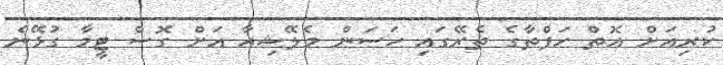
ކުރިއަށް އޮތް ހަފްތާގެ ތެރޭގައި ހަސަން މެލޭޝިއާ އަށް ގޮސް ޓީމާ ގުޅޭނެ